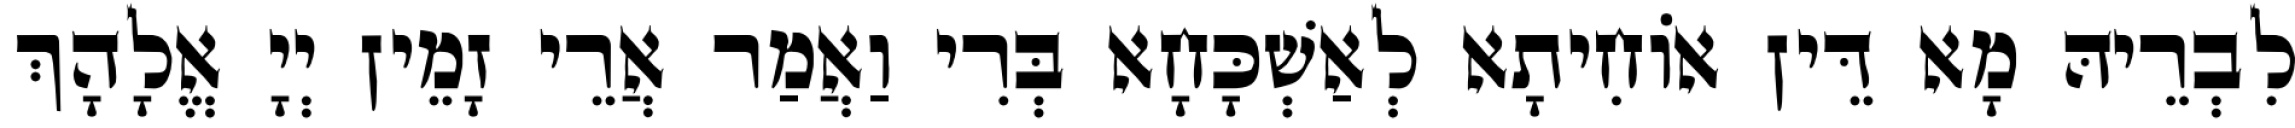
לִבְרֵיהּ מָא דֵּין אוֹחִיתָא לְאַשְׁכָּחָא בְּרִי וַאֲמַר אֲרֵי זָמֵין יְיָ אֱלָהָךְ